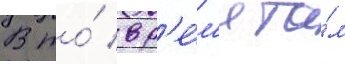
В то́ вр'е́м'я та́м